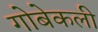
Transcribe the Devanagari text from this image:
गोबेकली